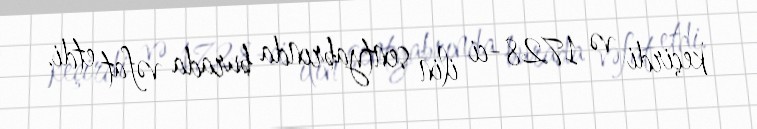
keçirdi və 1728-ci ilin sentyabrında burada vəfat etdi.